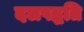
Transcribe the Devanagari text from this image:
दलपद्धति